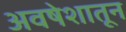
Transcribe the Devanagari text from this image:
अवषेशातून